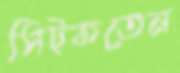
সিট্‌কতেন